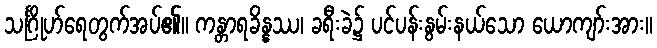
သင်္ဂြိုဟ်ရေတွက်အပ်၏။ ကန္တာရခိန္နဿ၊ ခရီးခဲ၌ ပင်ပန်းနွမ်းနယ်သော ယောကျာ်းအား။